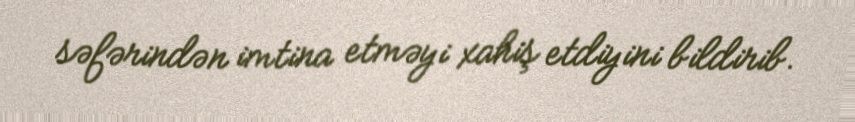
səfərindən imtina etməyi xahiş etdiyini bildirib.